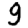
Digit: 9